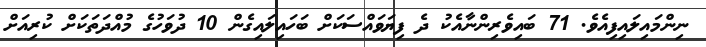
ނިންމައިލައިފިއެވެ. 71 ބައިވެރިންނާއެކު ދެ ފިޔަވައްސަކަށް ބަހައިލައިގެން 10 ދުވަހުގެ މުއްދަތަކަށް ކުރިއަށް